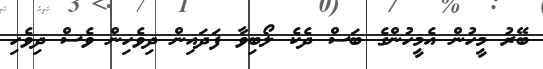
ބޭރު މީހުން އެމީހުންގެ ބަސް ދެކެ ލޯބިވާ ފަދައިން ދިވެހިން ވެސް ދިވެހި